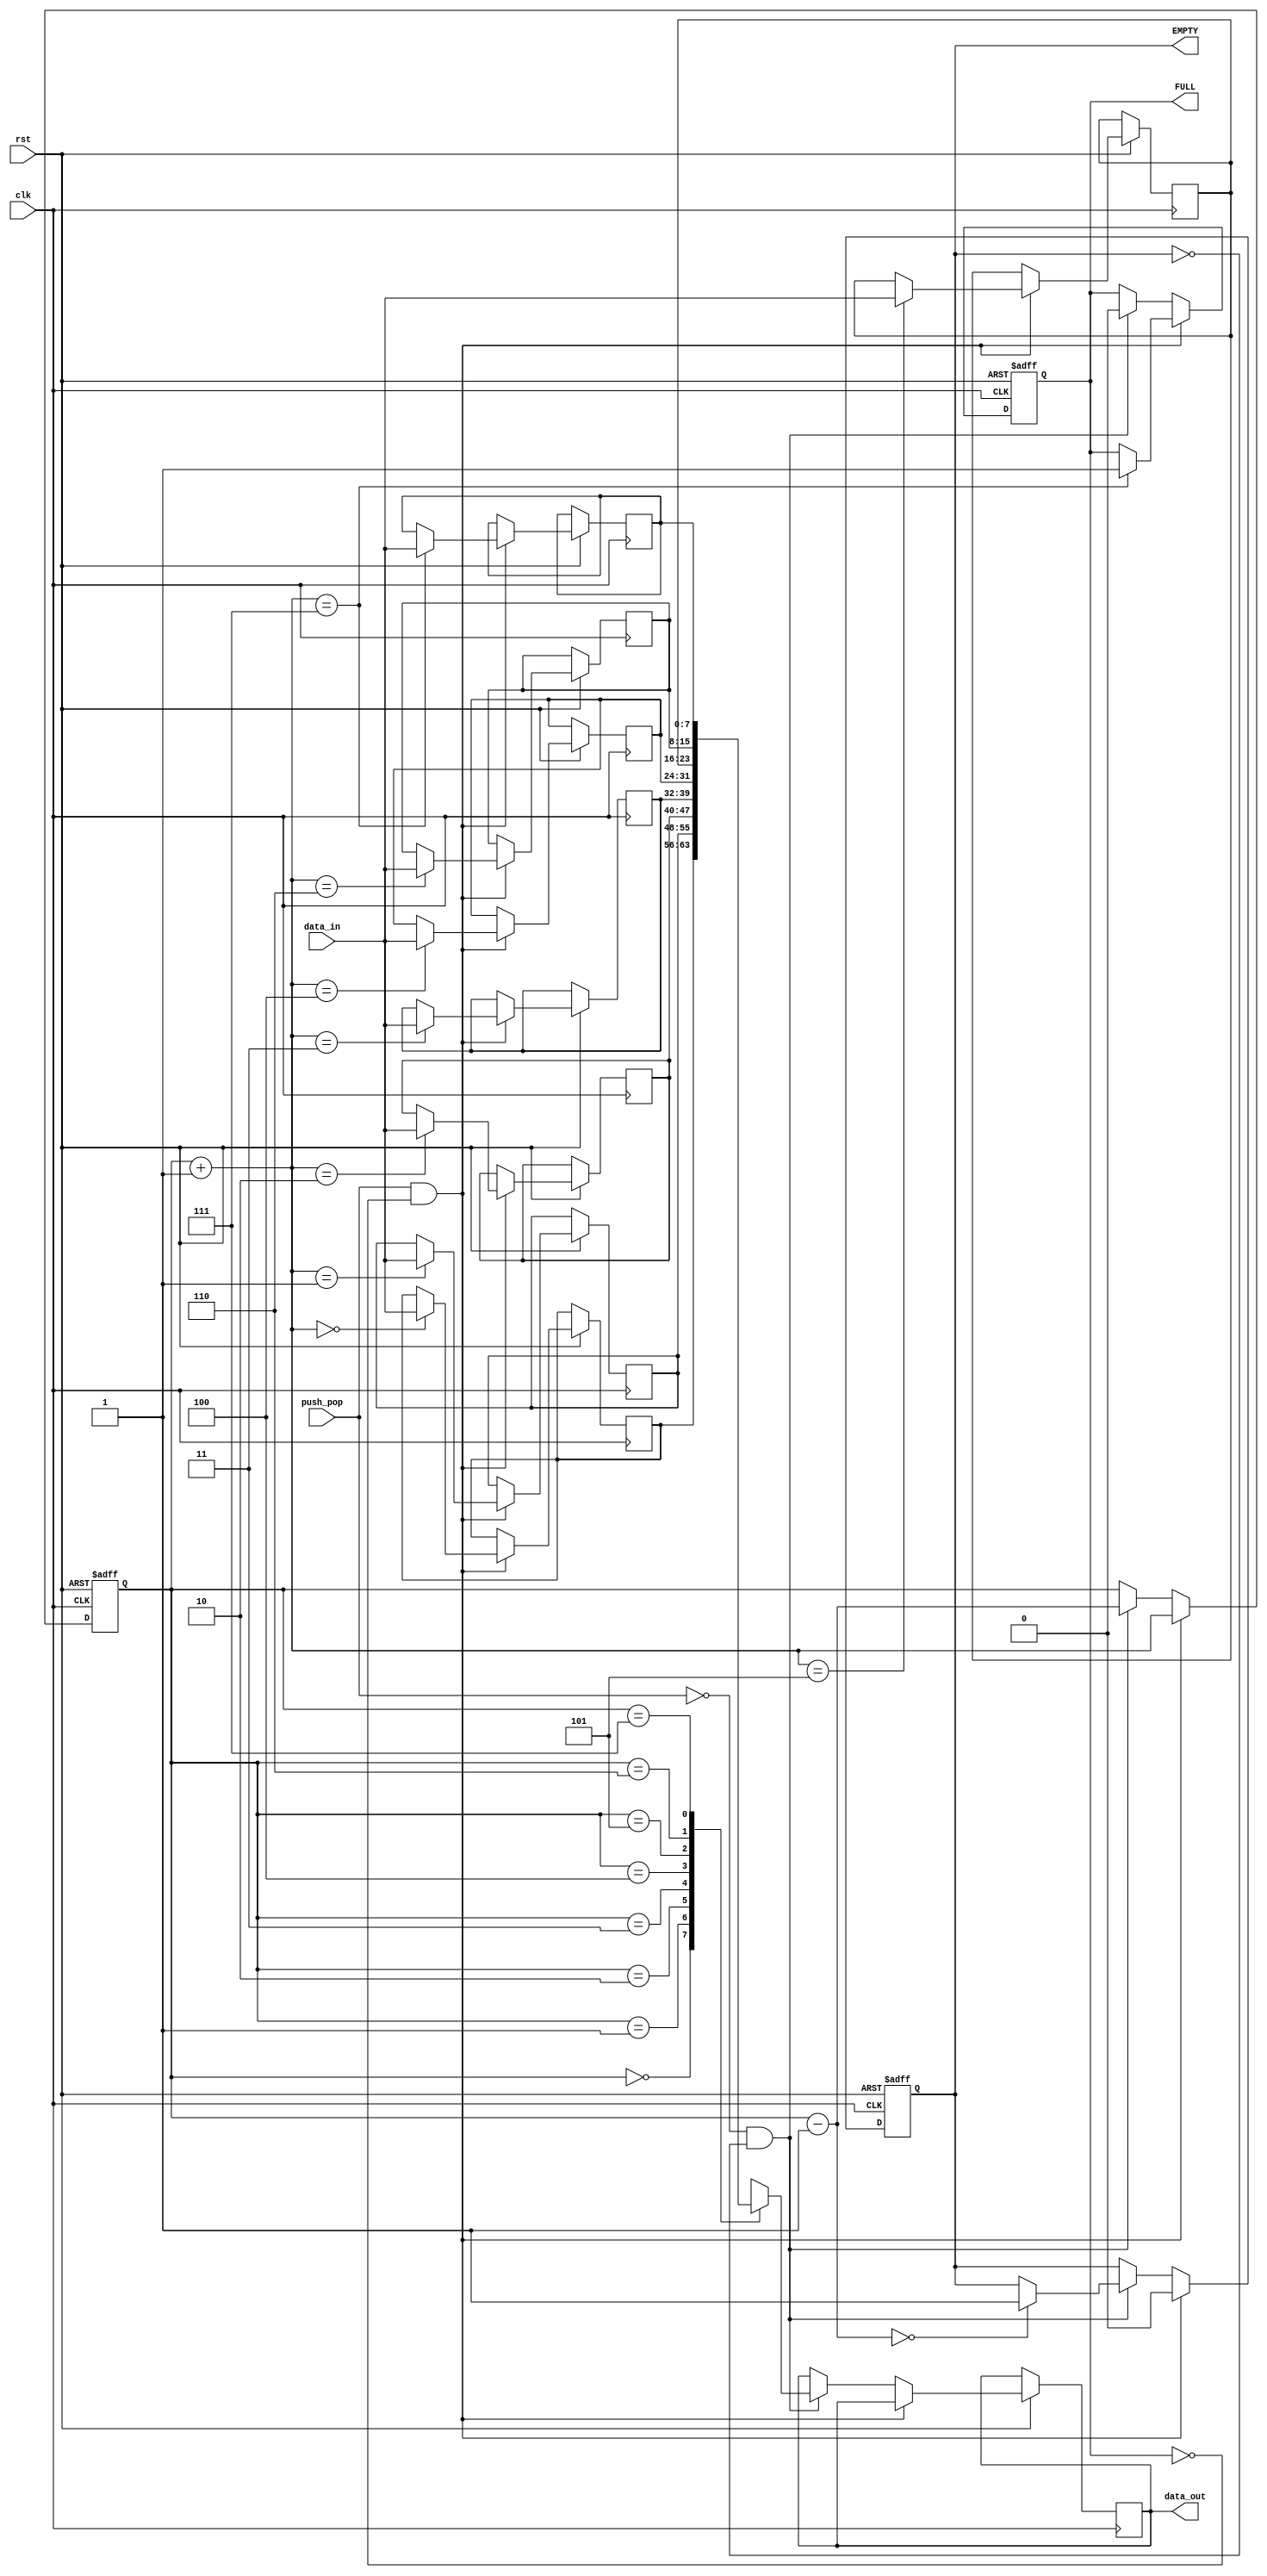
`timescale 1ns / 1ps
//////////////////////////////////////////////////////////////////////////////////
// Company: 
// Engineer: 
// 
// Design Name: 
// Module Name: LIFO
// Project Name: 
// Target Devices: 
// Tool Versions: 
// Description: 
// 
// Dependencies: 
// 
// Revision:
// Revision 0.01 - File Created
// Additional Comments:
// 
//////////////////////////////////////////////////////////////////////////////////


module LIFO(FULL,EMPTY,data_out,data_in,clk,rst,push_pop);
input clk,rst,push_pop;
input [7:0]data_in;
output reg [7:0]data_out;
output reg FULL,EMPTY;

reg [2:0]ptr;
reg [7:0]stack[7:0];
always@(posedge clk or negedge rst)
if(rst==0) begin
ptr<=3'b000; EMPTY<=1; FULL<=0;
end
else
if(push_pop==1 && FULL==0) begin
    EMPTY<=0;
    ptr=ptr+1;
    stack[ptr]<=data_in;
    if(ptr==3'd7)
        FULL<=1;
   end
else if(push_pop==0 && EMPTY==0) begin
    FULL<=0;
    data_out<=stack[ptr];
    ptr=ptr-1;
    if(ptr==3'd0)
        EMPTY<=1;
end
endmodule